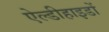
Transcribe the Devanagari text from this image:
ऐल्डीहाइडों